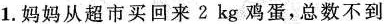
1.妈妈从超市买回来2kg鸡蛋，总数不到